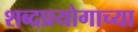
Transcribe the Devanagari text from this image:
शब्दप्रयोगाच्या